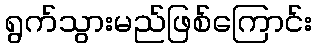
ရွက်သွားမည်ဖြစ်ကြောင်း